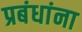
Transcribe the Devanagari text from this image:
प्रबंधांना